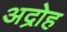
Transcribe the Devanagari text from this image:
अद्रोह